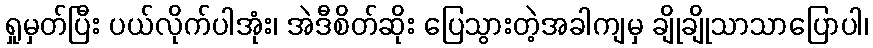
ရှုမှတ်ပြီး ပယ်လိုက်ပါအုံး၊ အဲဒီစိတ်ဆိုး ပြေသွားတဲ့အခါကျမှ ချိုချိုသာသာပြောပါ၊